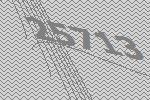
25713